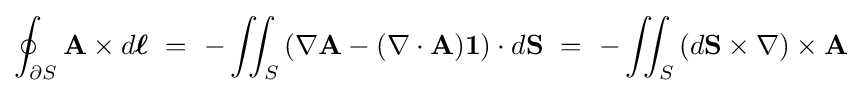
\oint _{\partial S}\mathbf {A} \times d{\boldsymbol {\ell }}\ =\ -\iint _{S}\left(\nabla \mathbf {A} -(\nabla \cdot \mathbf {A} )\mathbf {1} \right)\cdot d\mathbf {S} \ =\ -\iint _{S}\left(d\mathbf {S} \times \nabla \right)\times \mathbf {A}